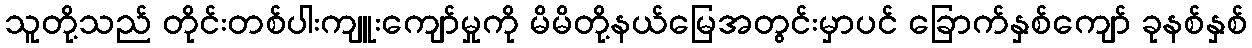
သူတို့သည် တိုင်းတစ်ပါးကျူးကျော်မှုကို မိမိတို့နယ်မြေအတွင်းမှာပင် ခြောက်နှစ်ကျော် ခုနစ်နှစ်